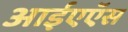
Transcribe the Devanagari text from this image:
आईएऍस